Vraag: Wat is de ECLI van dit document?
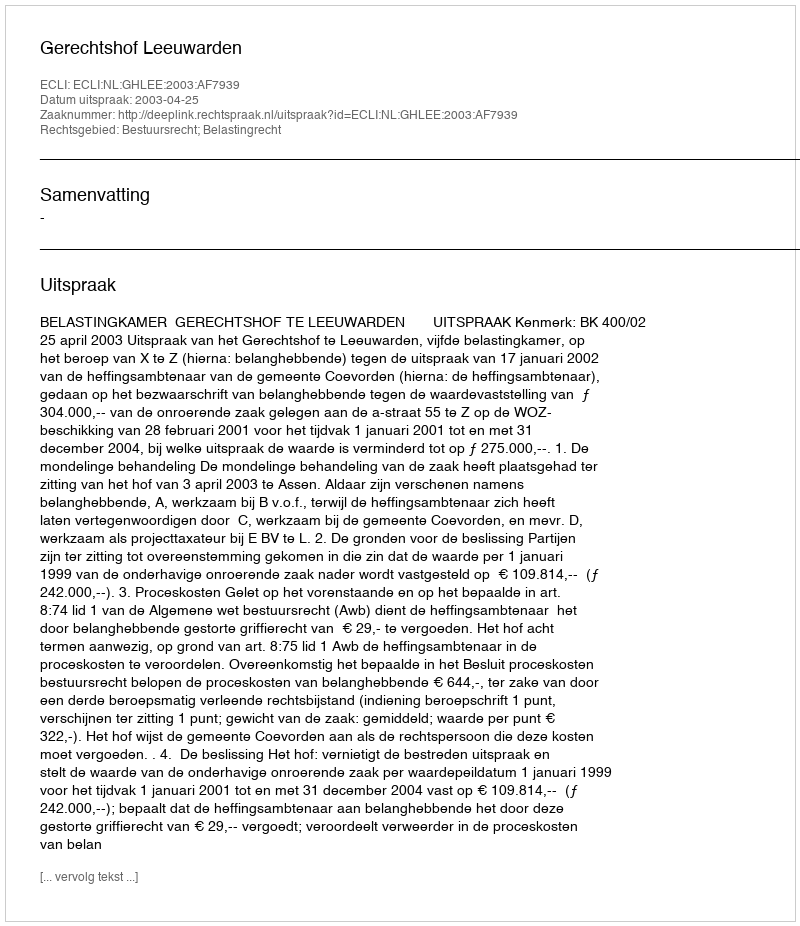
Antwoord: ECLI:NL:GHLEE:2003:AF7939